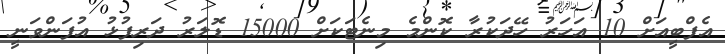
އެފްބީއަށް 10 އަހަރު ހޭދަކުރާ ކޮންމެ މިނެޓަކަށް 15000 ޑޮލަރު ދަރިފުޅު އުފަންވަނީ